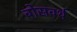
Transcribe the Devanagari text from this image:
बोसवर्थ